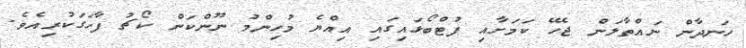
ހަނދާން ނައްތާލަން ޖެހޭ ކަމަށާއި ފުޓްބޯޅައިގައި އިއްޔެ މުހިންމު ނޫންކަން ކޯޗު ފާހަގަކުރިއެވެ.